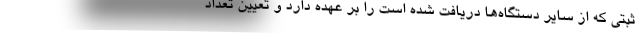
ثبتی که از سایر دستگاه‌ها دریافت شده است را بر عهده دارد و تعیین تعداد